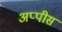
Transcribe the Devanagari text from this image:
अप्पीस